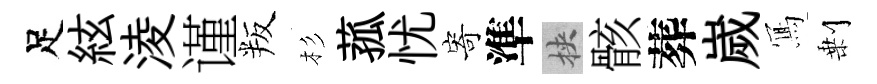
足絃淩谨叛杉菰忧寄準挾骸葬嵗𭂁剰